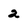
Character: 2